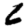
Digit: 6